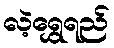
လဲ့ရွှေရည်